Indian journal of veterinary science and animal husbandry - Volume 9,
Year: 1939
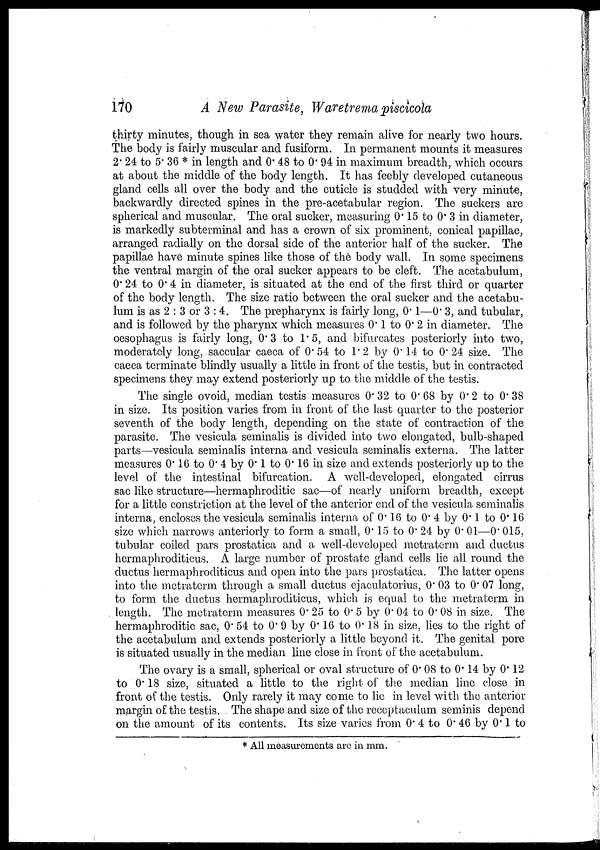
170
A New Parasite, Waretrema piscicola
thirty minutes, though in sea water they remain alive for nearly two hours.
The body is fairly muscular and fusiform. In permanent mounts it measures
2.24 to 5.36 * in length and 0.48 to 0.94 in maximum breadth, which occurs
at about the middle of the body length. It has feebly developed cutaneous
gland cells all over the body and the cuticle is studded with very minute,
backwardly directed spines in the pre-acetabular region. The suckers are
spherical and muscular. The oral sucker, measuring 0.15 to 0.3 in diameter,
is markedly subterminal and has a crown of six prominent, conical papillae,
arranged radially on the dorsal side of the anterior half of the sucker. The
papillae have minute spines like those of the body wall. In some specimens
the ventral margin of the oral sucker appears to be cleft. The acetabulum,
0. 24 to 0. 4 in diameter, is situated at the end of the first third or quarter
of the body length. The size ratio between the oral sucker and the acetabu-
lum is as 2 : 3 or 3 : 4. The prepharynx is fairly long, 0.1—0.3, and tubular,
and is followed by the pharynx which measures 0.1 to 0.2 in diameter. The
oesophagus is fairly long, 0.3 to 1.5, and bifurcates posteriorly into two,
moderately long, saccular caeca of 0.54 to 1.2 by 0.14 to 0.24 size. The
caeca terminate blindly usually a little in front of the testis, but in contracted
specimens they may extend posteriorly up to the middle of the testis.
The single ovoid, median testis measures 0.32 to 0.68 by 0.2 to 0.38
in size. Its position varies from in front of the last quarter to the posterior
seventh of the body length, depending on the state of contraction of the
parasite. The vesicula seminalis is divided into two elongated, bulb-shaped
parts—vesicula seminalis interna and vesicula seminalis externa. The latter
measures 0.16 to 0.4 by 0.1 to 0.16 in size and extends posteriorly up to the
level of the intestinal bifurcation. A well-developed, elongated cirrus
sac like structure—hermaphroditic sac—of nearly uniform breadth, except
for a little constriction at the level of the anterior end of the vesicula seminalis
interna, encloses the vesicula seminalis interna of 0.16 to 0.4 by 0.1 to 0.16
size which narrows anteriorly to form a small, 0.15 to 0.24 by 0.01—0.015,
tubular coiled pars prostatica and a well-developed metraterm and ductus
hermaphroditicus. A large number of prostate gland cells lie all round the
ductus hermaphroditicus and open into the pars prostatica. The latter opens
into the metraterm through a small ductus ejaculatorius, 0.03 to 0.07 long,
to form the ductus hermaphroditicus, which is equal to the metraterm in
length. The metraterm measures 0.25 to 0.5 by 0.04 to 0.08 in size. The
hermaphroditic sac, 0.54 to 0.9 by 0.16 to 0.18 in size, lies to the right of
the acetabulum and extends posteriorly a little beyond it. The genital pore
is situated usually in the median line close in front of the acetabulum.
The ovary is a small, spherical or oval structure of 0.08 to 0.14 by 0.12
to 0.18 size, situated a little to the right of the median line close in
front of the testis. Only rarely it may come to lie in level with the anterior
margin of the testis. The shape and size of the receptaculum seminis depend
on the amount of its contents. Its size varies from 0. 4 to 0. 46 by 0. 1 to
* All measurements are in mm.